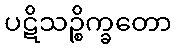
ပဋိသဉ္စိက္ခတော